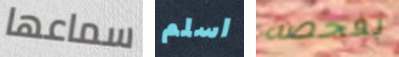
سماعها اسلم بفحصه